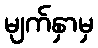
မျက်နှာမှ